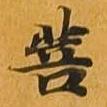
菩